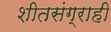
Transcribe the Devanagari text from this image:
शीतसंग्राही